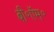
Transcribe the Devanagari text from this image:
बी॰ऍम॰